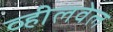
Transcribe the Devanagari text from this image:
व्हीलवेल